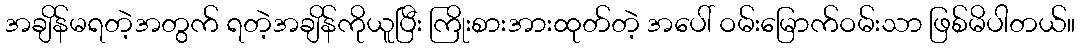
အချိန်မရတဲ့အတွက် ရတဲ့အချိန်ကိုယူပြီး ကြိုးစားအားထုတ်တဲ့ အပေါ် ဝမ်းမြောက်ဝမ်းသာ ဖြစ်မိပါတယ်။